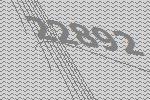
22892